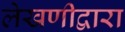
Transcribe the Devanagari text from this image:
लेखणीद्वारा